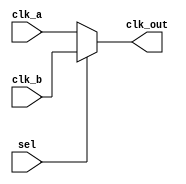
module clk_sel(
	input sel,	
	
	input clk_a,		
	input clk_b,	
	
	output clk_out
	);

assign clk_out = (sel==1'b0)?clk_a:clk_b;


endmodule